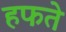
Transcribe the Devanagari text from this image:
हफते